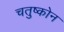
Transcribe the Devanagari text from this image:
चतुष्कोन